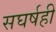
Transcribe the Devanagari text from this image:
सघर्षही